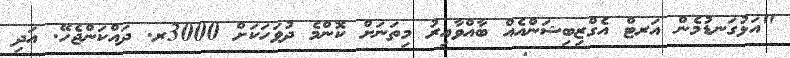
"އަޅުގަނޑުމެން އަރޓް އެގްޒިބިޝަންއެއް ބާއްވާއިރު މިތަނަށް ކޮންމެ ދުވަހަކަށް 3000ރ. ދައްކަންޖެހޭ. އަދި